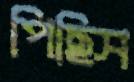
পিছিস